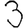
Digit: 3